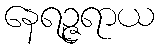
နေရဉ္ဇရာယ